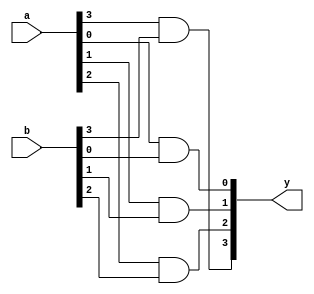
module and_gate4
(
	input [3:0] a, b,
	output [3:0] y
);

	and a0(y[0], a[0], b[0]);
	and a1(y[1], a[1], b[1]);
	and a2(y[2], a[2], b[2]);
	and a3(y[3], a[3], b[3]);

endmodule